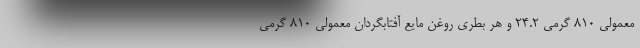
معمولی ۸۱۰ گرمی ۲۴.۲ و هر بطری روغن مایع آفتابگردان معمولی ۸۱۰ گرمی